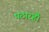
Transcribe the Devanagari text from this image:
पठारहैं।